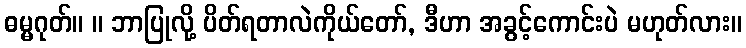
ဓမ္မဂုတ်။ ။ ဘာပြုလို့ ပိတ်ရတာလဲကိုယ်တော်, ဒီဟာ အခွင့်ကောင်းပဲ မဟုတ်လား။